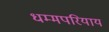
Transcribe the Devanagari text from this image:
धम्मपरियाय